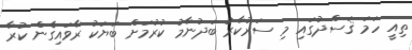
ތިއީ ހަމަ ޤަސްދުގައި މި ސަރުކާރު ބަދުނާމު ކުރުމަށް ބަޔަކު ރާވައިގެން ކުރާ